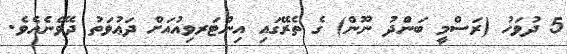
5 ދުވަހު (ރަސްމީ ބަންދު ނޫން) ގެ ތެރޭގައި އިންޓަރވިއުއަށް ދަޢުވަތު ދެވޭނެއެވެ.